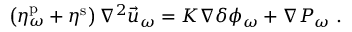
\left( \eta _ { \omega } ^ { \mathrm { p } } + \eta ^ { \mathrm { s } } \right) \nabla ^ { 2 } \vec { u } _ { \omega } = K \nabla \delta \phi _ { \omega } + \nabla P _ { \omega } \; .